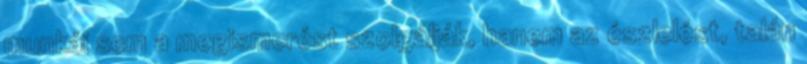
munkái sem a megismerést szolgálják, hanem az észlelést, talán